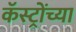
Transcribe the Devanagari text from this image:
कॅस्ट्रोंच्या